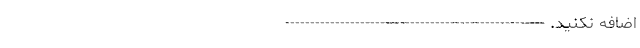
اضافه نکنید. ----------------------------------------------------